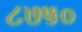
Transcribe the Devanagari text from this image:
८७५०